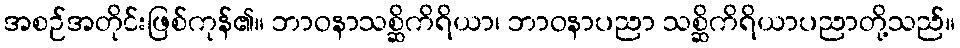
အစဉ်အတိုင်းဖြစ်ကုန်၏။ ဘာဝနာသစ္ဆိကိရိယာ၊ ဘာဝနာပညာ သစ္ဆိကိရိယာပညာတို့သည်။